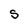
Character: S